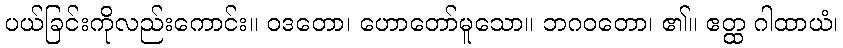
ပယ်ခြင်းကိုလည်းကောင်း။ ဝဒတော၊ ဟောတော်မူသော။ ဘဂဝတော၊ ၏။ ဧတ္ထ ဂါထာယံ၊